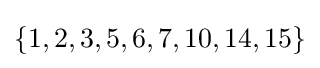
\{1,2,3,5,6,7,10,14,15\}